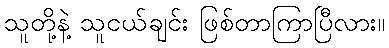
သူတို့နဲ့ သူငယ်ချင်း ဖြစ်တာကြာပြီလား။